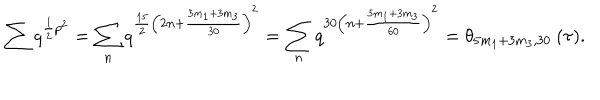
LaTeX: \sum q ^ { \frac { 1 } { 2 } p ^ { 2 } } = \sum _ { n } q ^ { \frac { 1 5 } { 2 } \left( 2 n + \frac { 5 m _ { 1 } + 3 m _ { 3 } } { 3 0 } \right) ^ { 2 } } = \sum _ { n } q ^ { 3 0 \left( n + \frac { 5 m _ { 1 } + 3 m _ { 3 } } { 6 0 } \right) ^ { 2 } } = \theta _ { 5 m _ { 1 } + 3 m _ { 3 } , 3 0 } \: ( \tau ) .